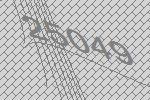
25049